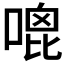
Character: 𠹇